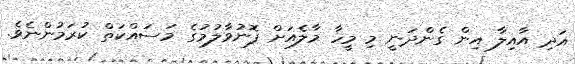
އަދި އާއިލާ އިން ގެންދަނީ މި މީހާ މާލެއަށް ފޮނުވާލުމުގެ މަސައްކަތް ކުރަމުންނެވެ.